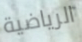
الرياضية